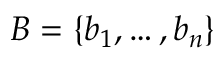
B = \{ b _ { 1 } , \ldots , b _ { n } \}